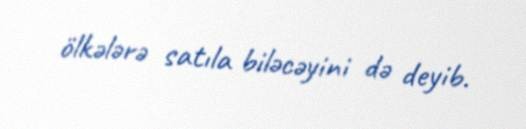
ölkələrə satıla biləcəyini də deyib.